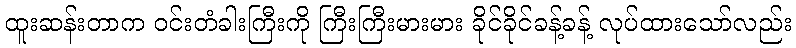
ထူးဆန်းတာက ဝင်းတံခါးကြီးကို ကြီးကြီးမားမား ခိုင်ခိုင်ခန့်ခန့် လုပ်ထားသော်လည်း